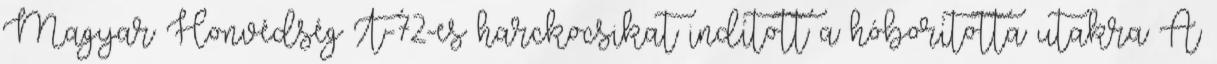
Magyar Honvédség T-72-es harckocsikat indított a hóborította utakra A